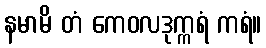
နမာမိ တံ ကေဝလဒုက္ကရံ ကရံ။